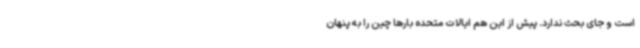
است و جای بحث ندارد. پیش از این هم ایالات متحده بارها چین را به پنهان